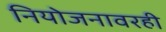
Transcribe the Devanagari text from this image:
नियोजनावरही